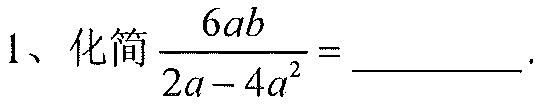
1、化简\(\frac{6ab}{2a - 4a^{2}}=\)________.